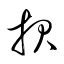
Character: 報